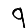
Digit: 9